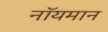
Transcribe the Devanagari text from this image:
नॉयमान